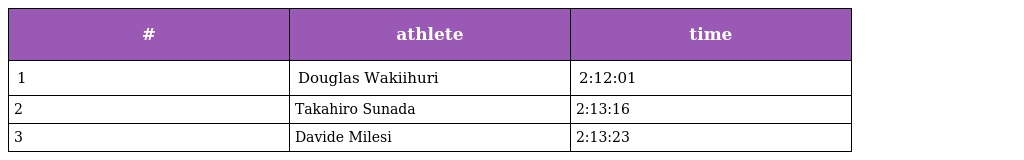
| # | athlete | time |
 | --- | --- | --- |
 | 1 | Douglas Wakiihuri | 2:12:01 |
 | 2 | Takahiro Sunada | 2:13:16 |
 | 3 | Davide Milesi | 2:13:23 |